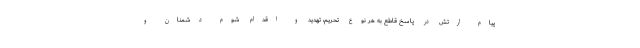
پیام ارتش در پاسخ قاطع به هر نوع تحریم، تهدید و اقدام شوم دشمنان و